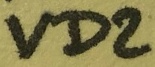
Text: VD2